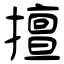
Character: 擅